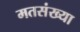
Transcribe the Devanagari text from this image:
मतसंख्या